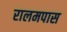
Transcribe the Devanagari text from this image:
रालमपास